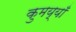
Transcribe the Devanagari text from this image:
कुमय्याँ